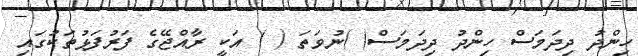
ހިންދު ދިދަމަސް ހިންދު ދިދަމަސް( )ނުވަތަ ( ) އަކީ ރާއްޖޭގެ ފަރުފަޅުތަކުގައި